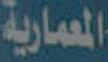
المعمارية